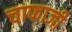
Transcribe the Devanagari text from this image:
चाफाजी